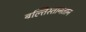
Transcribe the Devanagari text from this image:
बल्तिस्तानतान